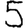
Digit: 5